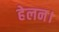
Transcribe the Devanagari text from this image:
हेलन।